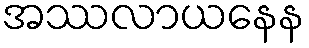
အဿလာယနေန